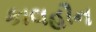
કાલહૌન